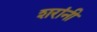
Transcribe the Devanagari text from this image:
शरांनी